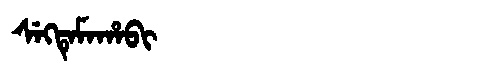
Manchu: ᠰᡝᡴᡨᡝᠮᠠᡥᠠᠪᡳ
Romanization: SEKTEMAHABI